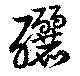
釃